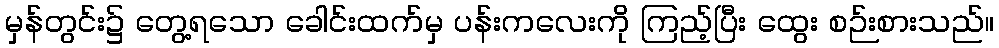
မှန်တွင်း၌ တွေ့ရသော ခေါင်းထက်မှ ပန်းကလေးကို ကြည့်ပြီး ထွေး စဉ်းစားသည်။